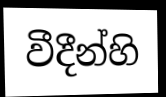
වීදීන්හි